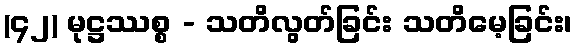
(၄၂) မုဋ္ဌဿစ္စ - သတိလွတ်ခြင်း သတိမေ့ခြင်း၊